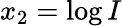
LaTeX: x_{2}=\log I